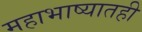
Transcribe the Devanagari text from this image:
महाभाष्यातही